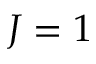
J = 1